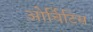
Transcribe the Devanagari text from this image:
ओर्चिटिस